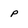
Character: P